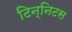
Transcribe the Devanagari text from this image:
टिन्निटस